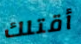
أقتلك